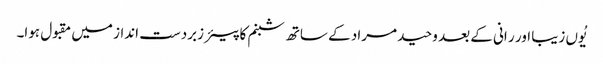
یُوں زیبا اور ر انی کے بعد وحید مراد کے ساتھ شبنم کا پیئر زبردست انداز میں مقبول ہوا۔